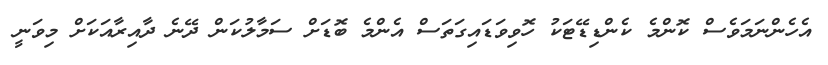
އެހެންނަމަވެސް ކޮންމެ ކެންޑިޑޭޓަކު ހޮވިވަޑައިގަތަސް އެންމެ ބޮޑަށް ސަމާލުކަން ދޭނެ ދާއިރާއަކަށް މިވަނީ